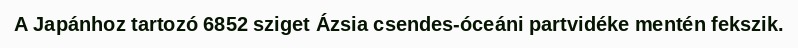
A Japánhoz tartozó 6852 sziget Ázsia csendes-óceáni partvidéke mentén fekszik.